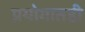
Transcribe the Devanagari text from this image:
प्रयोगातही